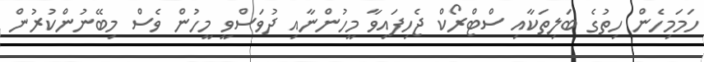
ހަމަމިހެން ހިތުގެ ބަލިތަކާއި ސްޓްރޯކް ޖެހިފައިވާ މީހުންނާއި ދުވަސްވީ މީހުން ވެސް މިބޭނުންކުރުން